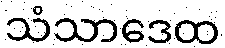
သံသာဒေထ